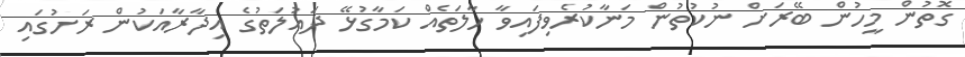
ގޮތުން މީހުން ބޭރަށް ނުކުތުން މަނާކުރެވިފައިވާ ހާލަތެއް ކަމާގުޅޭ ދައުލަތުގެ އިދާރާއަކުން ރަށުގައި